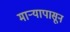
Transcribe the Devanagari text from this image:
माऱ्यापासून